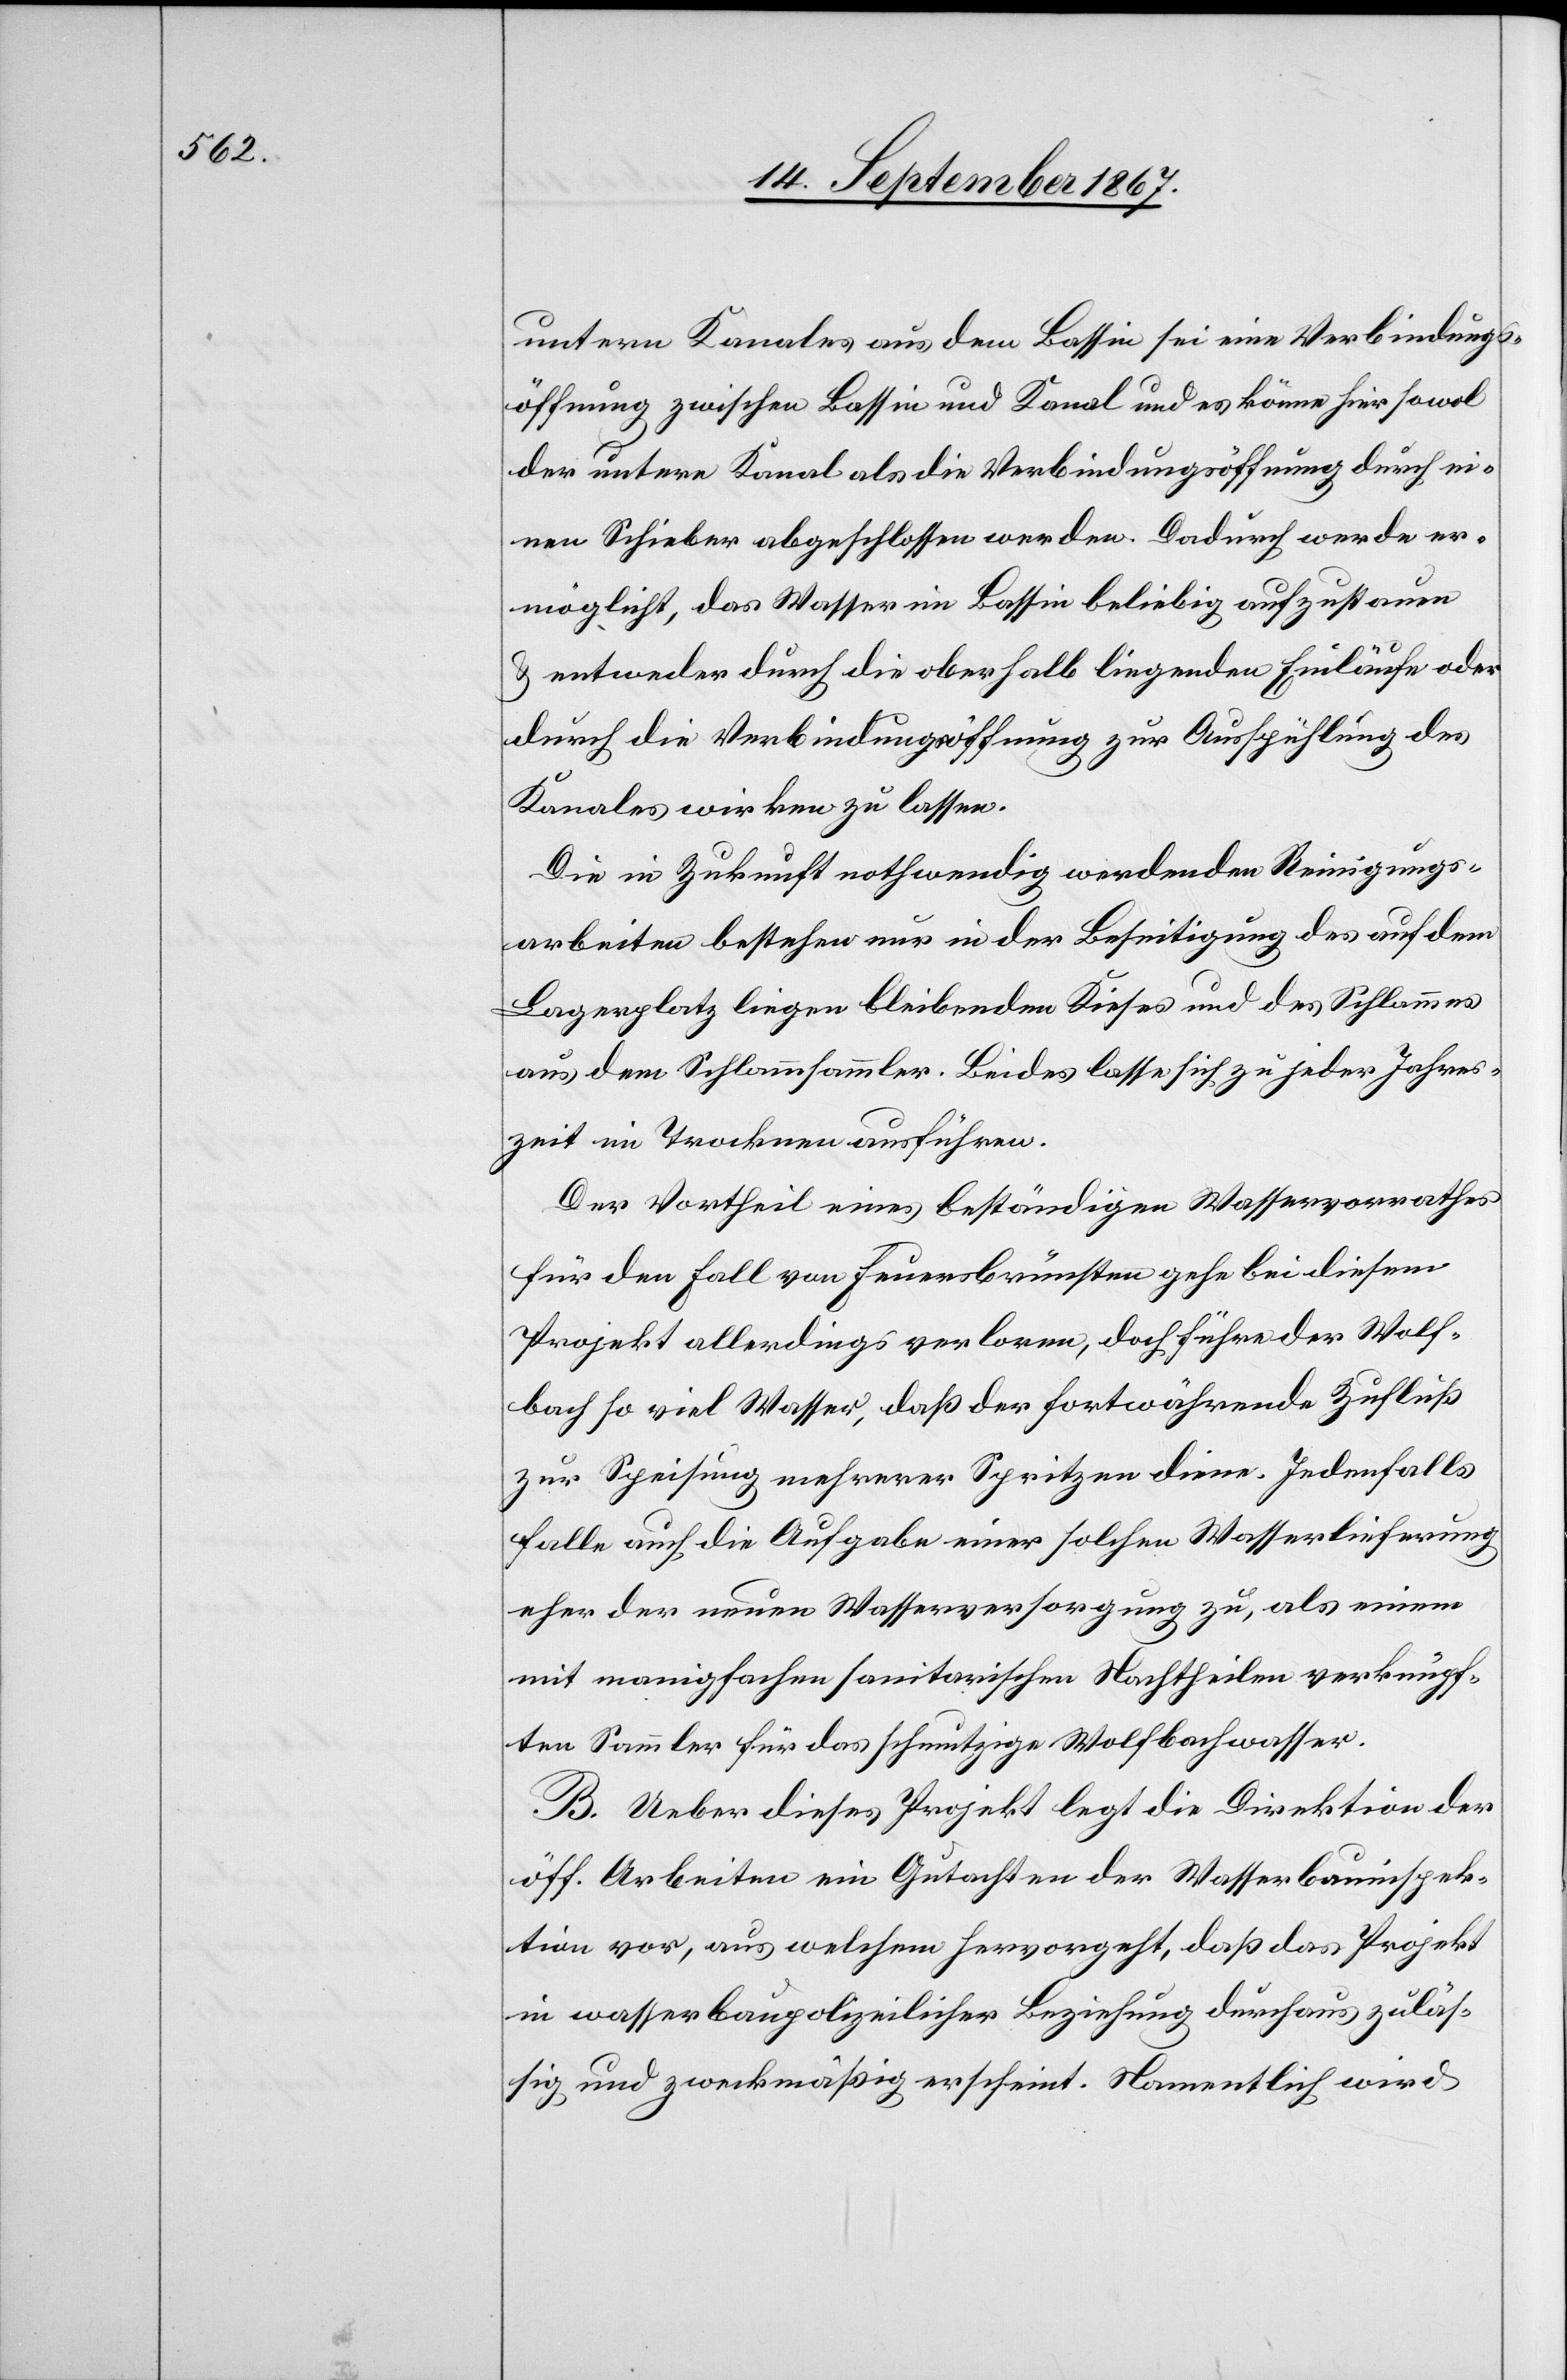
untern Kanales aus dem Bassin sei eine Verbindungs¬
öffnung zwischen Bassin und Kanal und es könne hier sowol
der untere Kanal als die Verbindungsöffnung durch ei¬
nen Schieber abgeschlossen werden. Dadurch werde er¬
möglicht, das Wasser im Bassin beliebig aufzustauen
u. entweder durch die oberhalb liegenden Einläufe oder
durch die Verbindungsöffnung zur Ausspühlung des
Kanales wirken zu lassen.
Die in Zukunft nothwendig werdenden Reinigungs¬
arbeiten bestehen in der Beseitigung des auf dem
Lagerplatz liegen bleibenden Kieses und des Schlammes
aus dem Schlammsammler. Beides lasse sich zu jeder Jahres¬
zeit im Trockenen ausführen.
Der Vortheil eines beständigen Wasservorrathes
für den Fall von Feuersbrünsten gehe bei diesem
Projekt allerdings verloren, doch führe der Wolf¬
bach so viel Wasser, daß der fortwährende Zufluß
zur Speisung mehrerer Spritzen diene. Jedenfalls
falle auch die Aufgabe einer solchen Wasserlieferung
eher der neuen Wasserversorgung zu, als einem
mit manigfachen sanitarischen Nachtheilen verknüpf¬
ten Sammler für das schmutzige Wolfbachwasser.
B. Ueber dieses Projekt legt die Direktion der
öff. Arbeiten ein Gutachten der Wasserbauinspek¬
tion vor, aus welchem hervorgeht, daß das Projekt
in wasserbaupolizeilicher Beziehung durchaus zuläs¬
sig und zweckmäßig erscheint. Namentlich wird